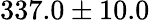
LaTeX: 337.0\pm 10.0